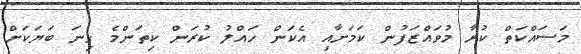
މަސައްކަތް ކުރާ މުވައްޒަފުން ކަމަށާއި އެކަން ހައްލު ކުރަން ކިތަންމެ ގިނަ ބަޔަކަށް